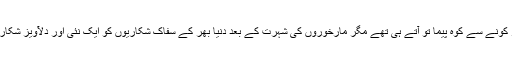
وہاں دنیا کے ہر کونے سے کوہ پیما تو آتے ہی تھے مگر مارخوروں کی شہرت کے بعد دنیا بھر کے سفاک شکاریوں کو ایک نئی اور دلآویز شکار گاہ میسر آ گئی۔